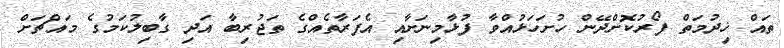
ތައް ޚިދުމަތް ފޯރުކޮށްދޭން ހުށަހަޅުއްވާ ފުޅާމިނަށާއި އެފަރާތެއްގެ ތަޖުރިބާ އަދި ގާބިލުކަމުގެ މައްޗަށް